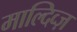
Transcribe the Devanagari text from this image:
माल्दिव्ज़